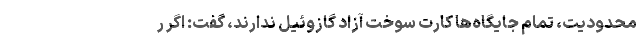
محدودیت، تمام جایگاه‌ها کارت سوخت آزاد گازوئیل ندارند، گفت: اگر ر